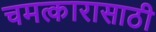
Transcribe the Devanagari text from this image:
चमत्कारासाठी